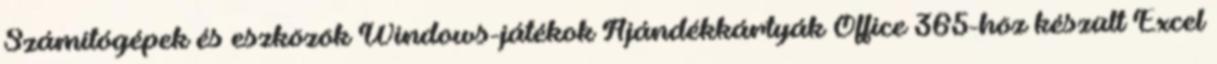
Számítógépek és eszközök Windows-játékok Ajándékkártyák Office 365-höz készült Excel